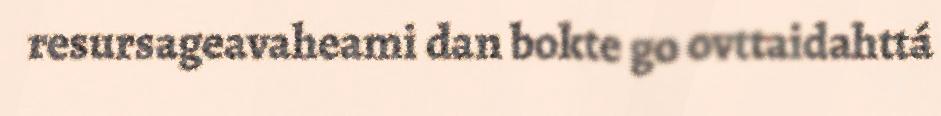
resursageavaheami dan bokte go ovttaidahttá